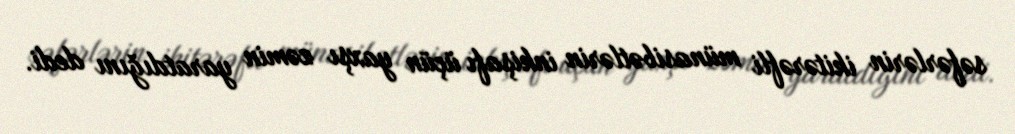
səfərlərin ikitərəfli münasibətlərin inkişafı üçün yaxşı zəmin yaratdığını dedi.